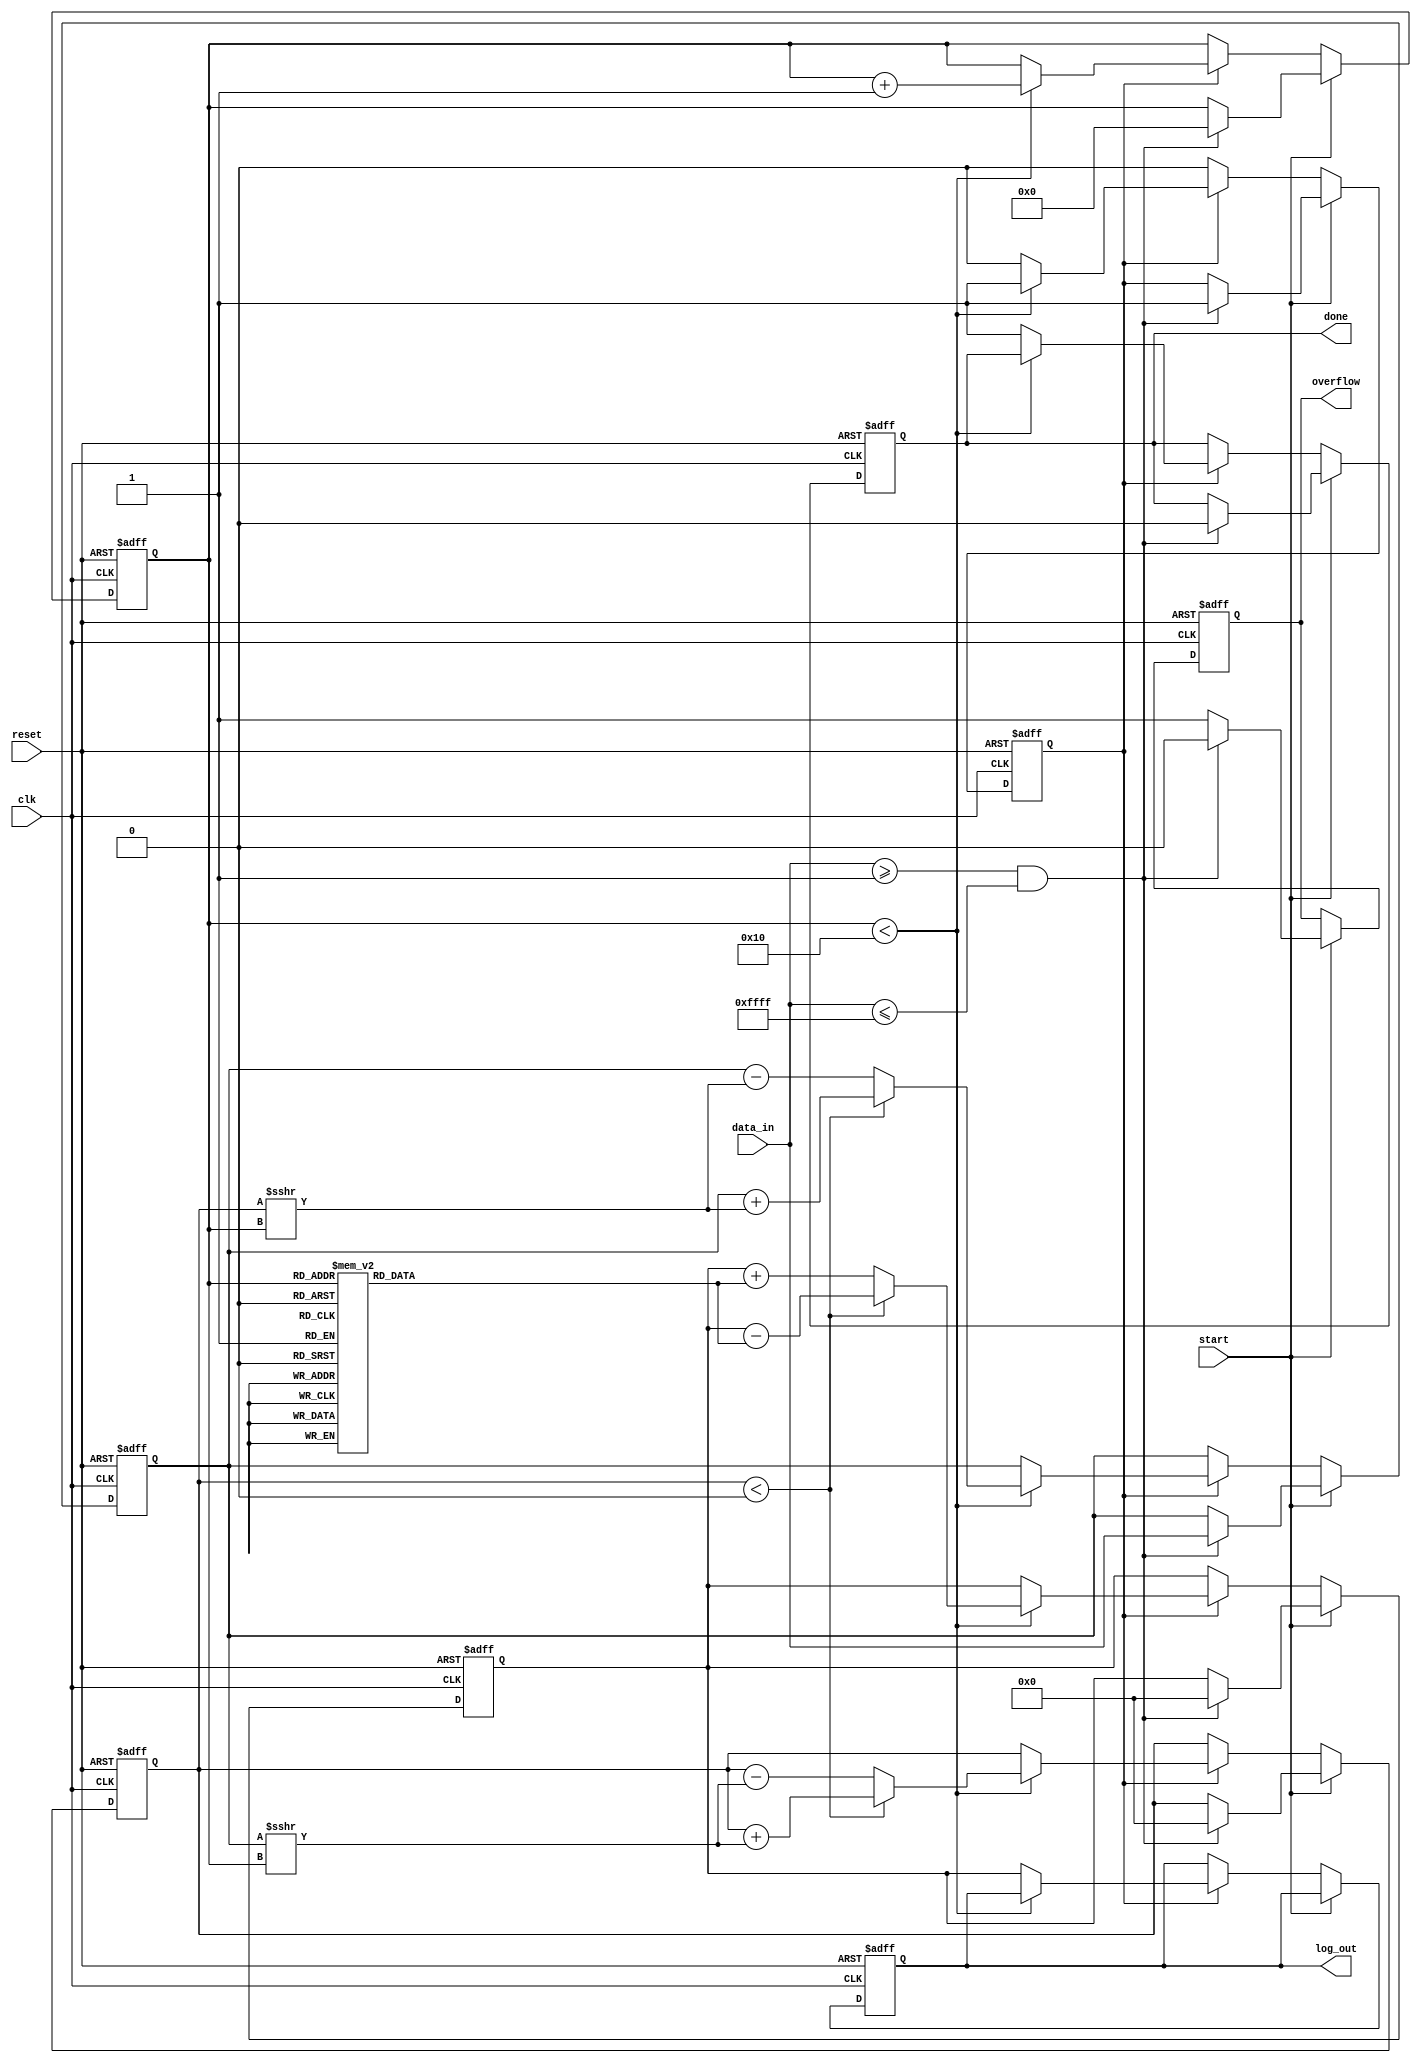
module cordic_logarithm (
    input wire clk,
    input wire reset,
    input wire start,
    input wire [15:0] data_in, // Input data for logarithm calculation
    output reg [15:0] log_out,  // Logarithmic output
    output reg done,            // Operation complete flag
    output reg overflow         // Overflow flag
);

    // CORDIC parameters
    parameter NUM_ITERATIONS = 16; // Number of CORDIC iterations
    reg [15:0] x [0:NUM_ITERATIONS-1]; // X values (input value)
    reg [15:0] y [0:NUM_ITERATIONS-1]; // Y values (output value)
    reg [15:0] z [0:NUM_ITERATIONS-1]; // Angle values
    reg [3:0] iteration; // Iteration counter
    reg [15:0] current_x, current_y, current_z; // Current values
    reg start_processing; // Flag to start processing

    // Precomputed angles for CORDIC (in radians)
    initial begin
        z[0] = 16'h1C71; // atan(2^-0)
        z[1] = 16'h1B7D; // atan(2^-1)
        z[2] = 16'h1A9F; // atan(2^-2)
        z[3] = 16'h19E2; // atan(2^-3)
        z[4] = 16'h193A; // atan(2^-4)
        z[5] = 16'h18B8; // atan(2^-5)
        z[6] = 16'h1843; // atan(2^-6)
        z[7] = 16'h17D8; // atan(2^-7)
        z[8] = 16'h1776; // atan(2^-8)
        z[9] = 16'h171E; // atan(2^-9)
        z[10] = 16'h16C6; // atan(2^-10)
        z[11] = 16'h1678; // atan(2^-11)
        z[12] = 16'h162C; // atan(2^-12)
        z[13] = 16'h15E0; // atan(2^-13)
        z[14] = 16'h15A0; // atan(2^-14)
        z[15] = 16'h1561; // atan(2^-15)
    end

    // State machine for processing
    always @(posedge clk or posedge reset) begin
        if (reset) begin
            iteration <= 0;
            current_x <= 0;
            current_y <= 0;
            current_z <= 0;
            log_out <= 0;
            done <= 0;
            overflow <= 0;
            start_processing <= 0;
        end else if (start) begin
            // Normalize input to [1, 2] range
            if (data_in >= 16'h0001 && data_in <= 16'hFFFF) begin
                current_x <= data_in;
                current_y <= 0;
                current_z <= 0;
                iteration <= 0;
                start_processing <= 1;
                done <= 0;
                overflow <= 0;
            end else begin
                overflow <= 1; // Input out of range
            end
        end else if (start_processing) begin
            if (iteration < NUM_ITERATIONS) begin
                // CORDIC rotation
                if (current_y < 0) begin
                    current_x <= current_x + (current_y >>> iteration);
                    current_y <= current_y + (current_x >>> iteration);
                    current_z <= current_z - z[iteration];
                end else begin
                    current_x <= current_x - (current_y >>> iteration);
                    current_y <= current_y - (current_x >>> iteration);
                    current_z <= current_z + z[iteration];
                end
                iteration <= iteration + 1;
            end else begin
                // Final output processing
                log_out <= current_z; // Place holder for log output
                done <= 1;
                start_processing <= 0;
            end
        end
    end

endmodule